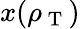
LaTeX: x(\rho_{\mathrm{~T~}})